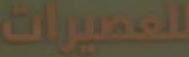
العميرات